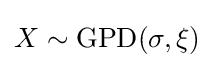
X\sim \mathrm {GPD} (\sigma ,\xi )